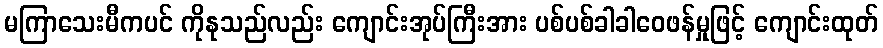
မကြာသေးမီကပင် ကိုနုသည်လည်း ကျောင်းအုပ်ကြီးအား ပစ်ပစ်ခါခါဝေဖန်မှုဖြင့် ကျောင်းထုတ်